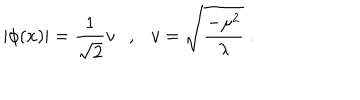
LaTeX: | \phi ( x ) | = \frac { 1 } { \sqrt { 2 } } v \ \ \ , \ \ \ v = \sqrt { \frac { - \mu ^ { 2 } } { \lambda } } \ .